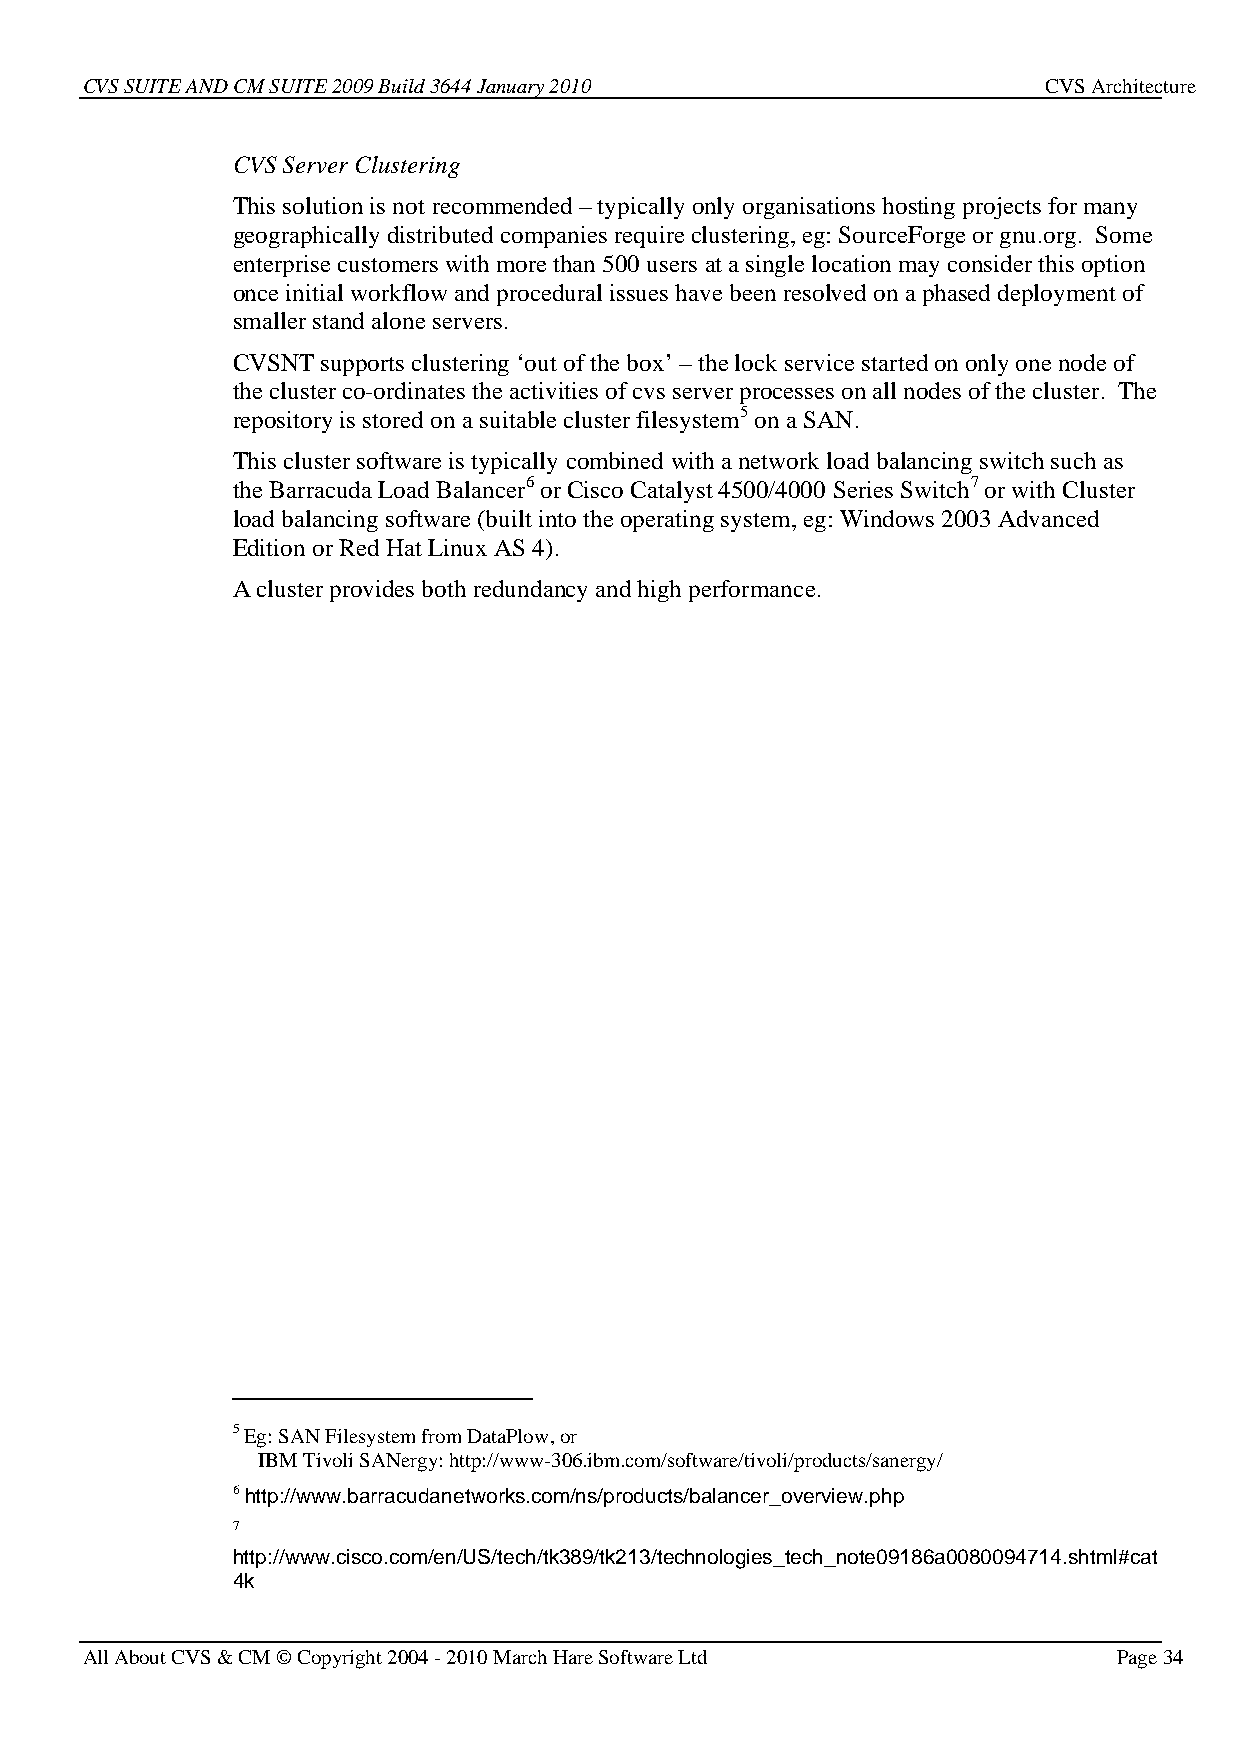
CVS SUITE AND CM SUITE 2009 Build 3644 January 2010             CVS Architecture
 CVS Server Clustering
 This solution is not recommended – typically only organisations hosting projects for many
 geographically distributed companies require clustering, eg: SourceForge or gnu.org. Some
 enterprise customers with more than 500 users at a single location may consider this option
 once initial workflow and procedural issues have been resolved on a phased deployment of
 smaller stand alone servers.
 CVSNT supports clustering ‘out of the box’ – the lock service started on only one node of
 the cluster co-ordinates the activities of cvs server processes on all nodes of the cluster. The
 repository is stored on a suitable cluster filesystem5 on a SAN.
 This cluster software is typically combined with a network load balancing switch such as
 the Barracuda Load Balancer6 or Cisco Catalyst 4500/4000 Series Switch7 or with Cluster
 load balancing software (built into the operating system, eg: Windows 2003 Advanced
 Edition or Red Hat Linux AS 4).
 A cluster provides both redundancy and high performance.
 5 Eg: SAN Filesystem from DataPlow, or
 IBM Tivoli SANergy: http://www-306.ibm.com/software/tivoli/products/sanergy/
 6 http://www.barracudanetworks.com/ns/products/balancer_overview.php
 7
 http://www.cisco.com/en/US/tech/tk389/tk213/technologies_tech_note09186a0080094714.shtml#cat
 4k
 All About CVS & CM © Copyright 2004 - 2010 March Hare Software Ltd   Page 34